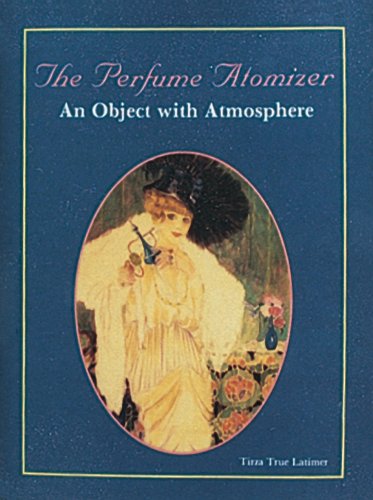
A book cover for Perfume Atomizer: An Object With Atmosphere; Tirza True Latimer; Crafts, Hobbies & Home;